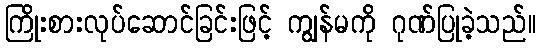
ကြိုးစားလုပ်ဆောင်ခြင်းဖြင့် ကျွန်မကို ဂုဏ်ပြုခဲ့သည်။